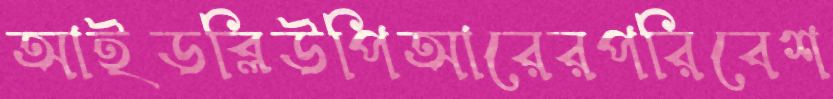
আইডব্লিউপিআরেরপরিবেশ